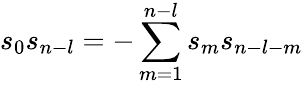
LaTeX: s_{0}s_{n-l}=-\sum_{m=1}^{n-l}s_{m}s_{n-l-m}